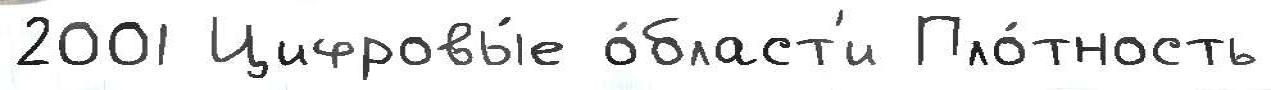
2001 Цифровы́е о́бласт'и Пло́тность